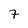
Character: 7